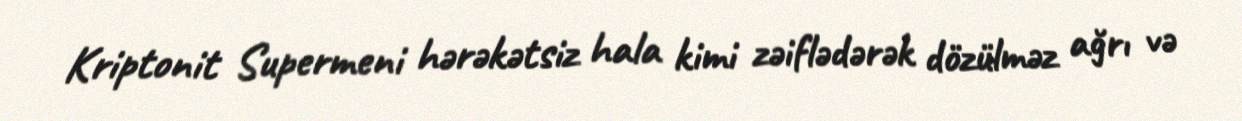
Kriptonit Supermeni hərəkətsiz hala kimi zəiflədərək dözülməz ağrı və